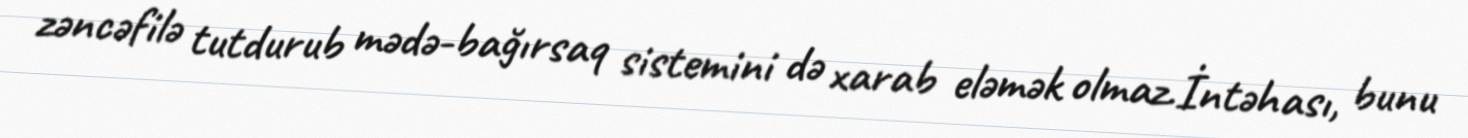
zəncəfilə tutdurub mədə-bağırsaq sistemini də xarab eləmək olmaz.İntəhası, bunu